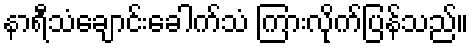
နာရီသံချောင်းခေါက်သံ ကြားလိုက်ပြန်သည်။